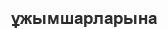
ұжымшарларына